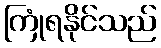
ကြုံရနိုင်သည်